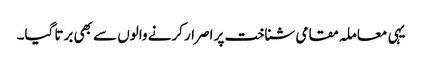
یہی معاملہ مقامی شناخت پر اصرار کرنے والوں سے بھی برتا گیا۔